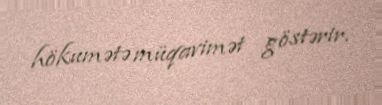
hökumətə müqavimət göstərir.